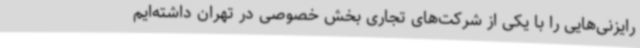
رایزنی‌هایی را با یکی از شرکت‌های تجاری بخش خصوصی در تهران داشته‌ایم